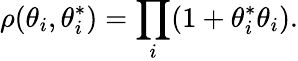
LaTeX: \rho(\theta_{i},\theta_{i}^{*})=\prod_{i}(1+\theta_{i}^{*}\theta_{i}).